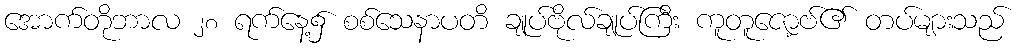
အောက်တိုဘာလ ၂၈ ရက်နေ့၌ စစ်သေနာပတိ ချုပ်ဗိုလ်ချုပ်ကြီး ကူတူဇော့ဗ်၏ တပ်များသည်